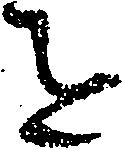
を